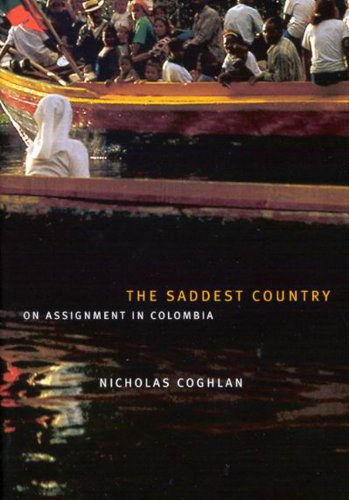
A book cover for The Saddest Country: On Assignment in Colombia; Nicholas Coghlan; Travel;